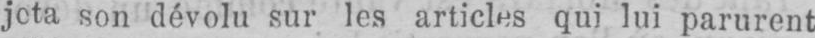
jota son dévolu sur les articles qui lui parurent